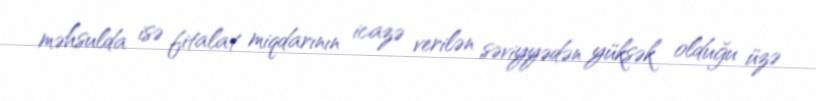
məhsulda isə fitalat miqdarının icazə verilən səviyyədən yüksək olduğu üzə